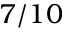
7 / 1 0